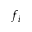
f _ { i }